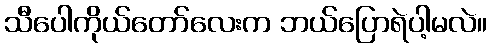
သီပေါကိုယ်တော်လေးက ဘယ်ပြောရဲပါ့မလဲ။